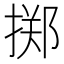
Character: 掷